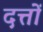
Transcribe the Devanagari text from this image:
दत्तों